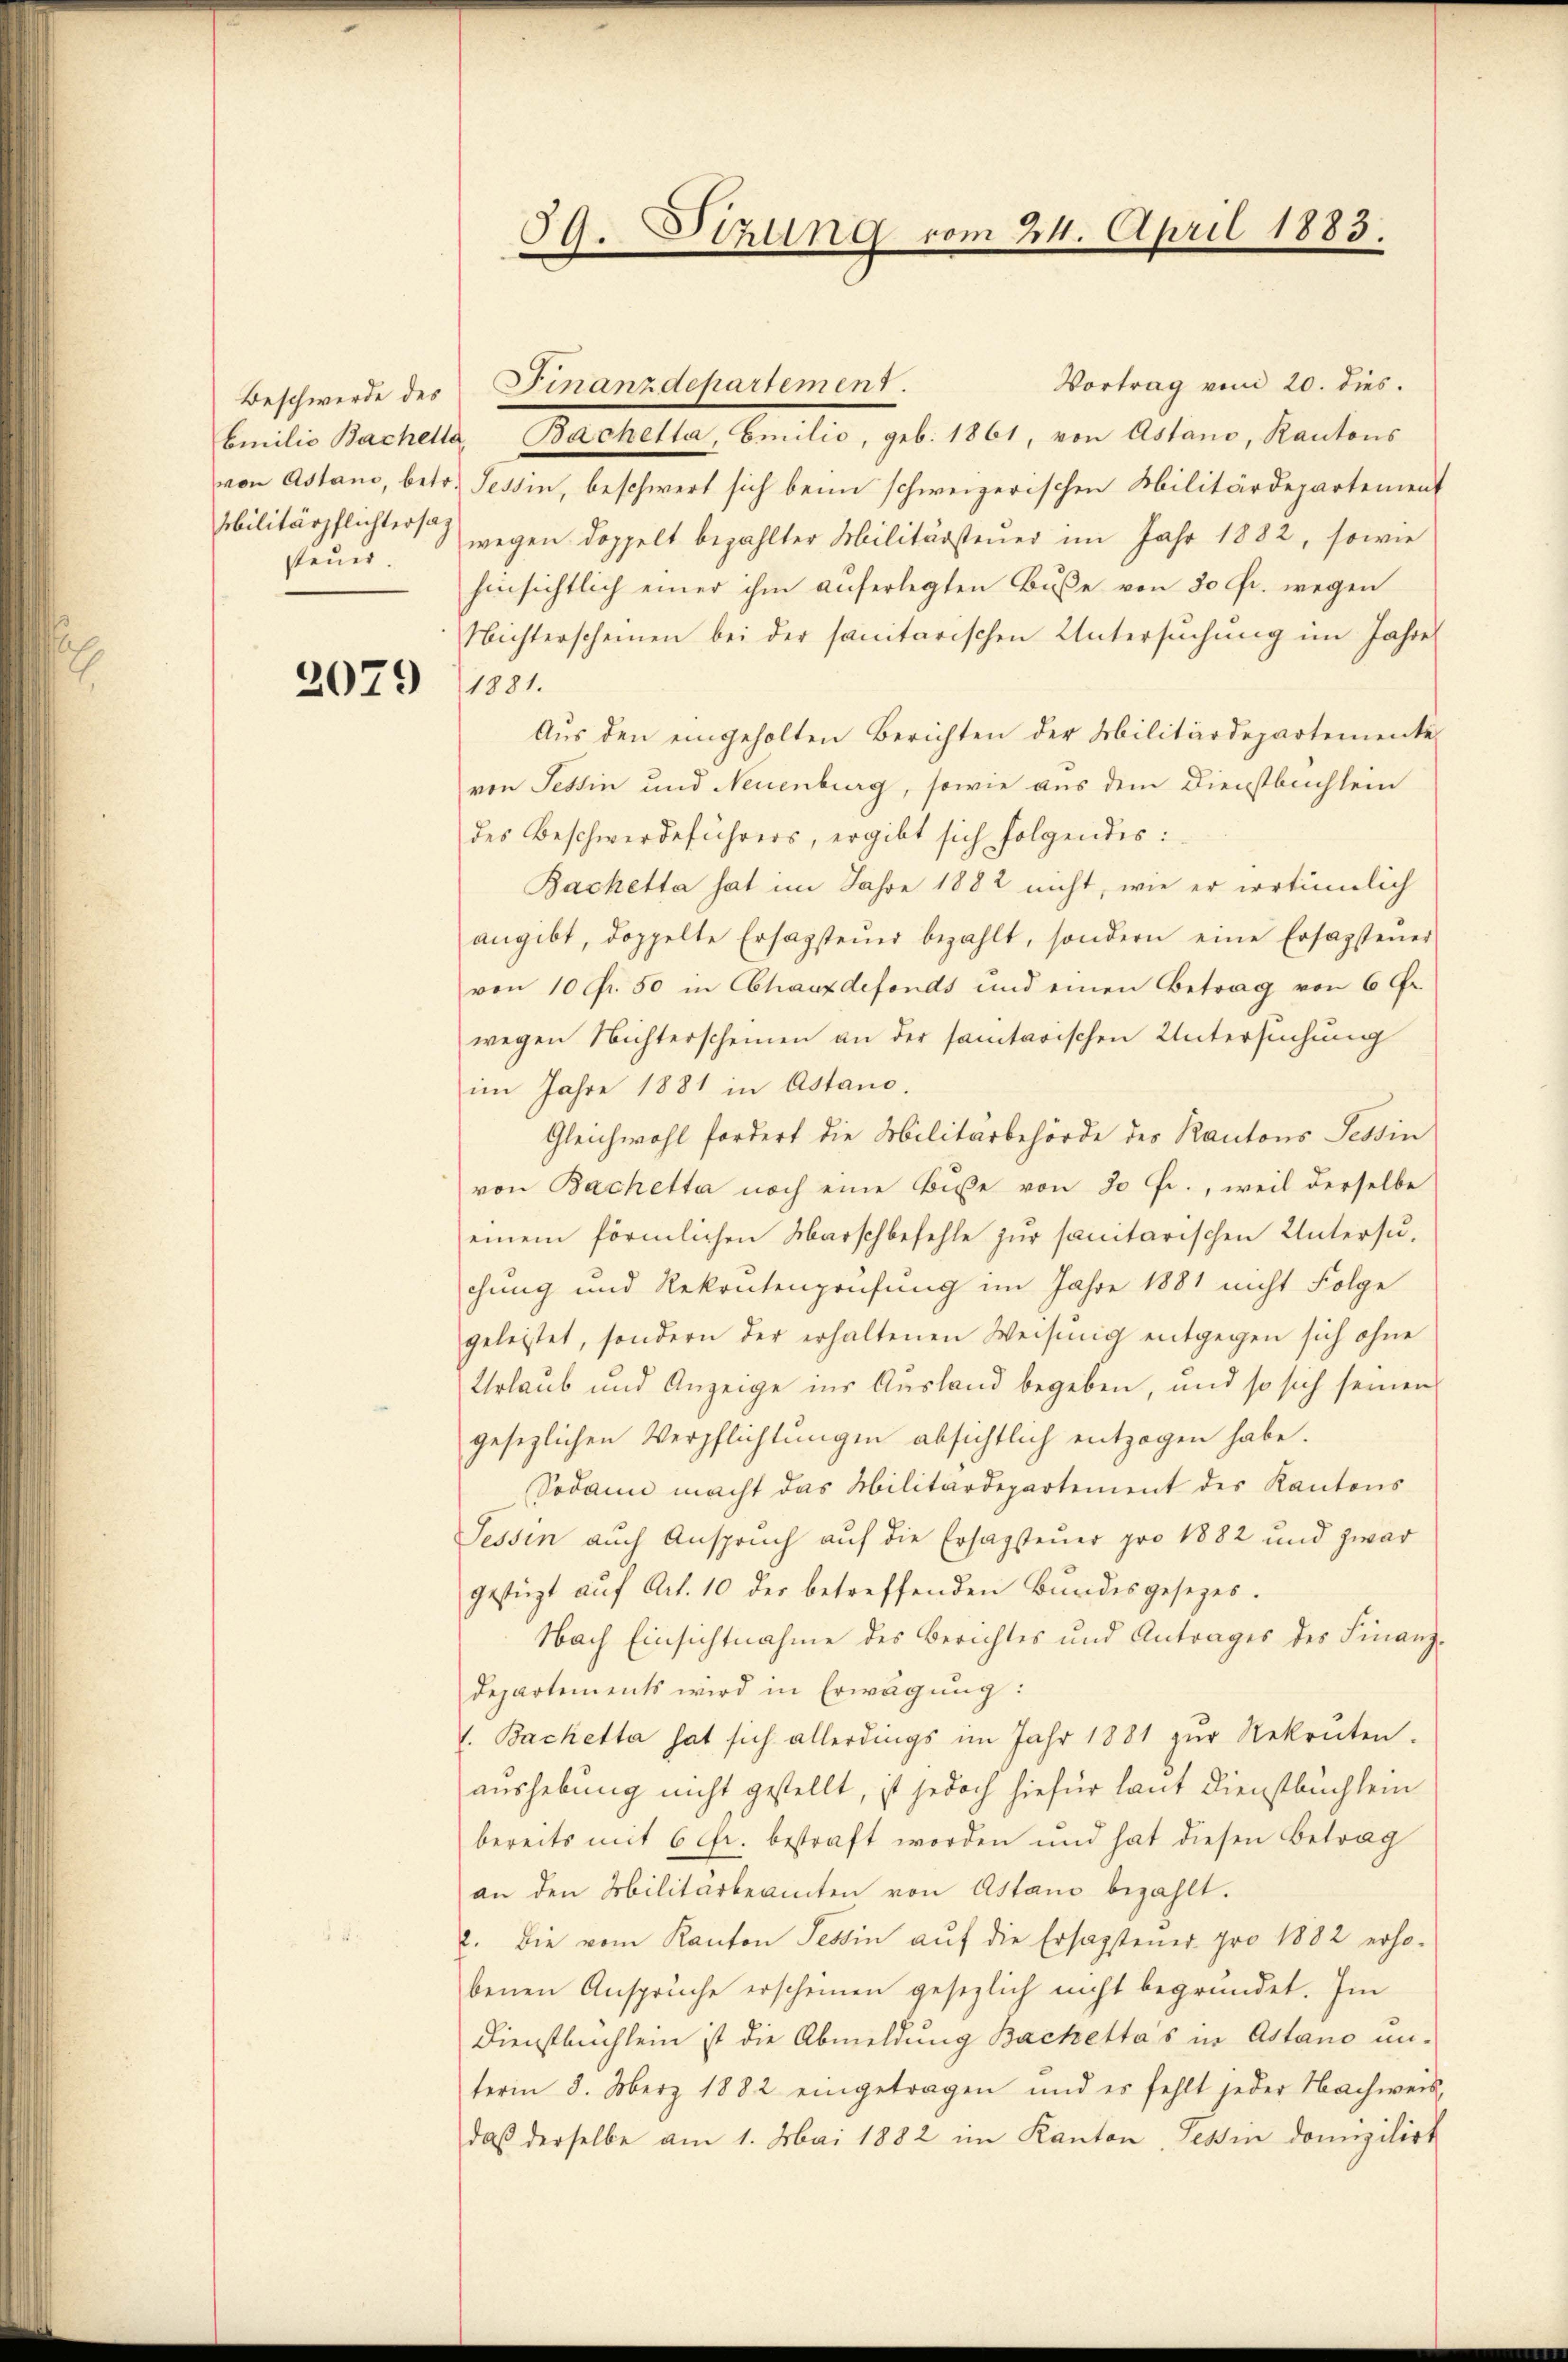
steuer.

2079

59. Sitzung vom 24. April 1883.

Vortrag von 20. dies.
Emilie Bachella, Bachelta, Emilio, geb. 1861, von Astano, Kantons
von Astand, betr. Tessin, beschwert sich beim schweizerischen Militärdepartement
bilitärpflichters wegen doppelt bezahlter Militärsteuer im Jahr 1882, sowie
hinsichtlich einer ihm auferlegten Buße von 50 fr. wegen
Nichterscheinen bei der sanitarischen Untersŭchŭng im Jahre
1881.
Aus den eingeholten Berichten der Militärdepartemente
von Tessin und Neuenburg, sowie aus dem Dienstbuchlein
des Beschwerdeführers, ergibt sich folgendes:
Backetta hat im Jahre 1882 nicht, wie er irrtümlich
angibt, doppelte Ersagsteŭer bezahlt, sondern eine Ersagsteŭer
von 10 Fr. 50 in Chauxdefonds und einen Betrag von 6 Gr.
wegen Nichterscheinen an der samtarischen Untersuchung
im Jahre 1881 in Astano.
Gleichwohl fordert die Militärbehörde des Kantons Tessin
von Bachetta noch eine Buße von 30 fr., weil derselbe
einem förmlichen Marschbefehle zur sanitarischen Untersuchung und Rekrutenprüfung im Jahre 1881 nicht Folge
geleistet, sondern der erhaltenen Weisŭng entgegen sich ohne
Urlaub und Anzeige ins Ausland begeben, und so sich seinen
gesetzlichen Verpflichtungen absichtlich entzogen habe.
Sodann macht das Militärdepartement des Kantons
Tessin auch Anspruch auf die Ersagsteuer pro 1882 und zwar
gestüzt aŭf Art. 10 der betreffenden Bŭndesgesezes.
Nach Einsichtnahme des Berichtes und Antrages des Finanz¬
Departements wird in Erwägung:
1. Bachetta hat sich allerdings im Jahr 1881 zŭr Rekruten.
aushebung nicht gestellt, ist jedoch hiefür laut Dienstbuchlein
bereits mit 6 fr. bestraft worden und hat diesen Betrag
an den Militärbeamten von Astano bezahlt.
l. die vom Kanton Tessin aŭf die Ersagstener pro 1882 erho-
benen Anspruche erscheinen gesezlich nicht begründet. Im
Dienstbuchlein ist die Abmeldung Bachetta's in Astano un-
term 3. Merz 1882 eingetragen und es fehlt jeder Nachweis-
daβ derselbe am 1. Mai 1882 im Kanton Tessin domizilirt

Beschwerde des Finanzdepartement.